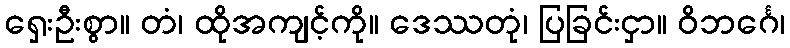
ရှေးဦးစွာ။ တံ၊ ထိုအကျင့်ကို။ ဒေဿတုံ၊ ပြခြင်းငှာ။ ဝိဘင်္ဂေ၊